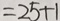
= 2 5 + 1